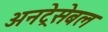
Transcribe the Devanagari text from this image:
अनट्रेसेबल